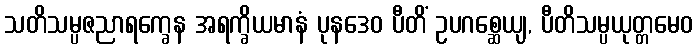
သတိသမ္ပဇညာရက္ခေန အရက္ခိယမာနံ ပုနဒေဝ ပီတိံ ဥပဂစ္ဆေယျ, ပီတိသမ္ပယုတ္တမေဝ